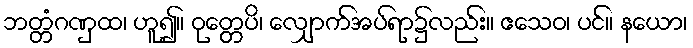
ဘတ္တံဂဏှထ၊ ဟူ၍။ ဝုတ္တေပိ၊ လျှောက်အပ်ရာ၌လည်း။ ဧသေဝ၊ ပင်။ နယော၊